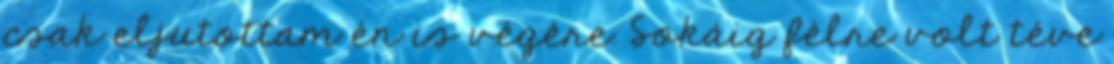
csak eljutottam én is végére. Sokáig félre volt téve